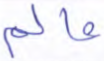
عالم